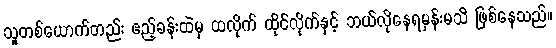
သူတစ်ယောက်တည်း ဧည့်ခန်းထဲမှ ထလိုက် ထိုင်လိုက်နှင့် ဘယ်လိုနေရမှန်းမသိ ဖြစ်နေသည်။